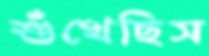
শুঁখেছিস